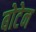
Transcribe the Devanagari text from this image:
बोटेन